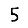
Digit: 5